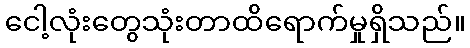
ငေါ့လုံးတွေသုံးတာထိရောက်မှုရှိသည်။